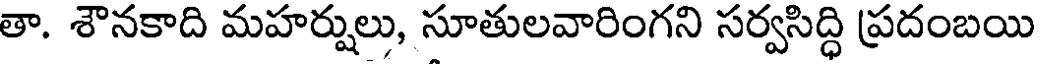
తా. శౌనకాది మహర్షులు, సూతులవారింగని సర్వసిద్ధి ప్రదంబయి